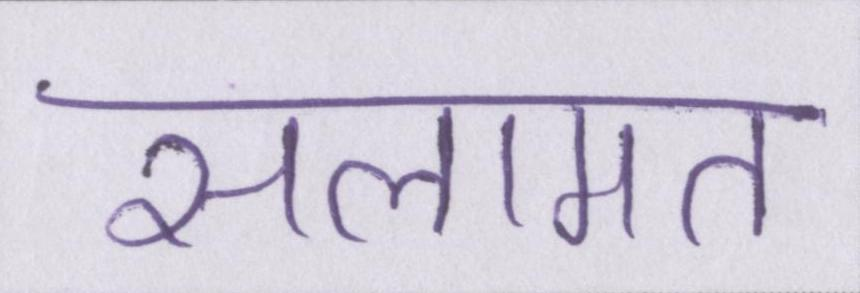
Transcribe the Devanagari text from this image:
सलामत